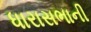
ધારાસભાની